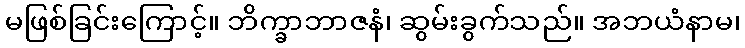
မဖြစ်ခြင်းကြောင့်။ ဘိက္ခာဘာဇနံ၊ ဆွမ်းခွက်သည်။ အဘယံနာမ၊